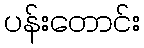
ပန်းတောင်း